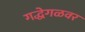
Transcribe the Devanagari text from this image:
गद्धेगळवर